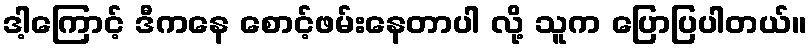
ဒါ့ကြောင့် ဒီကနေ စောင့်ဖမ်းနေတာပါ လို့ သူက ပြောပြပါတယ်။